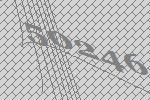
50246